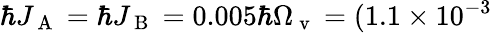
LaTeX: \hbar J_{\mathrm{~A~}}=\hbar J_{\mathrm{~B~}}=0.005\hbar\Omega_{\mathrm{~v~}}=(1.1\times 10^{-3}